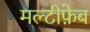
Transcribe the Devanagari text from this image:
मल्टीफ़ेब